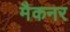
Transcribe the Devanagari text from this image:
मैकनर